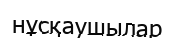
нұсқаушылар